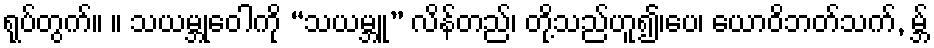
ရုပ်တွက်။ ။ သယမ္ဘုဝေါကို “သယမ္ဘူ” လိန်တည်၊ တို့သည်ဟူ၍၊ပေ၊ ယောဝိဘတ်သက်, မ္ဘ်